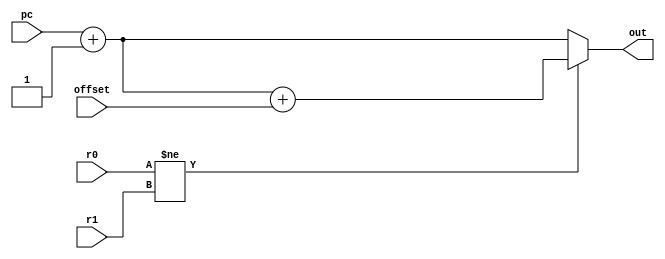
module bne(
    input [31:0] r0,
    input [31:0] r1,
    input [31:0] offset,
    input [31:0] pc,
    output reg [31:0] out
);

always @* begin
    if(r0 != r1) begin
        out = pc + 1 + offset;
    end else begin
        out = pc + 1;
    end
end


endmodule